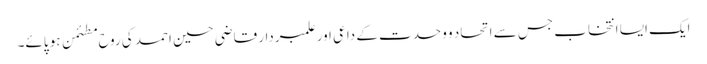
ایک ایسا انتخاب جس سے اتحاد و وحدت کے داعی اور علمبردار قاضی حسین احمد کی روح مطئمن ہو پائے۔